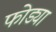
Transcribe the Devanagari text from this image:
फोड्या